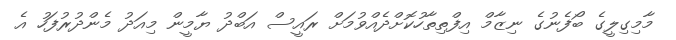
މާމިގިލީގެ ބޯފެނުގެ ނިޒާމް އިފްތިތާހުކޮށްދެއްވުމަށް ރައީސް އަބްދު ޔާމީން މިއަދު މެންދުރުފަހު އެ